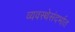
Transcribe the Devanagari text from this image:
व्यवस्थेसंदर्भात